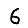
Digit: 6